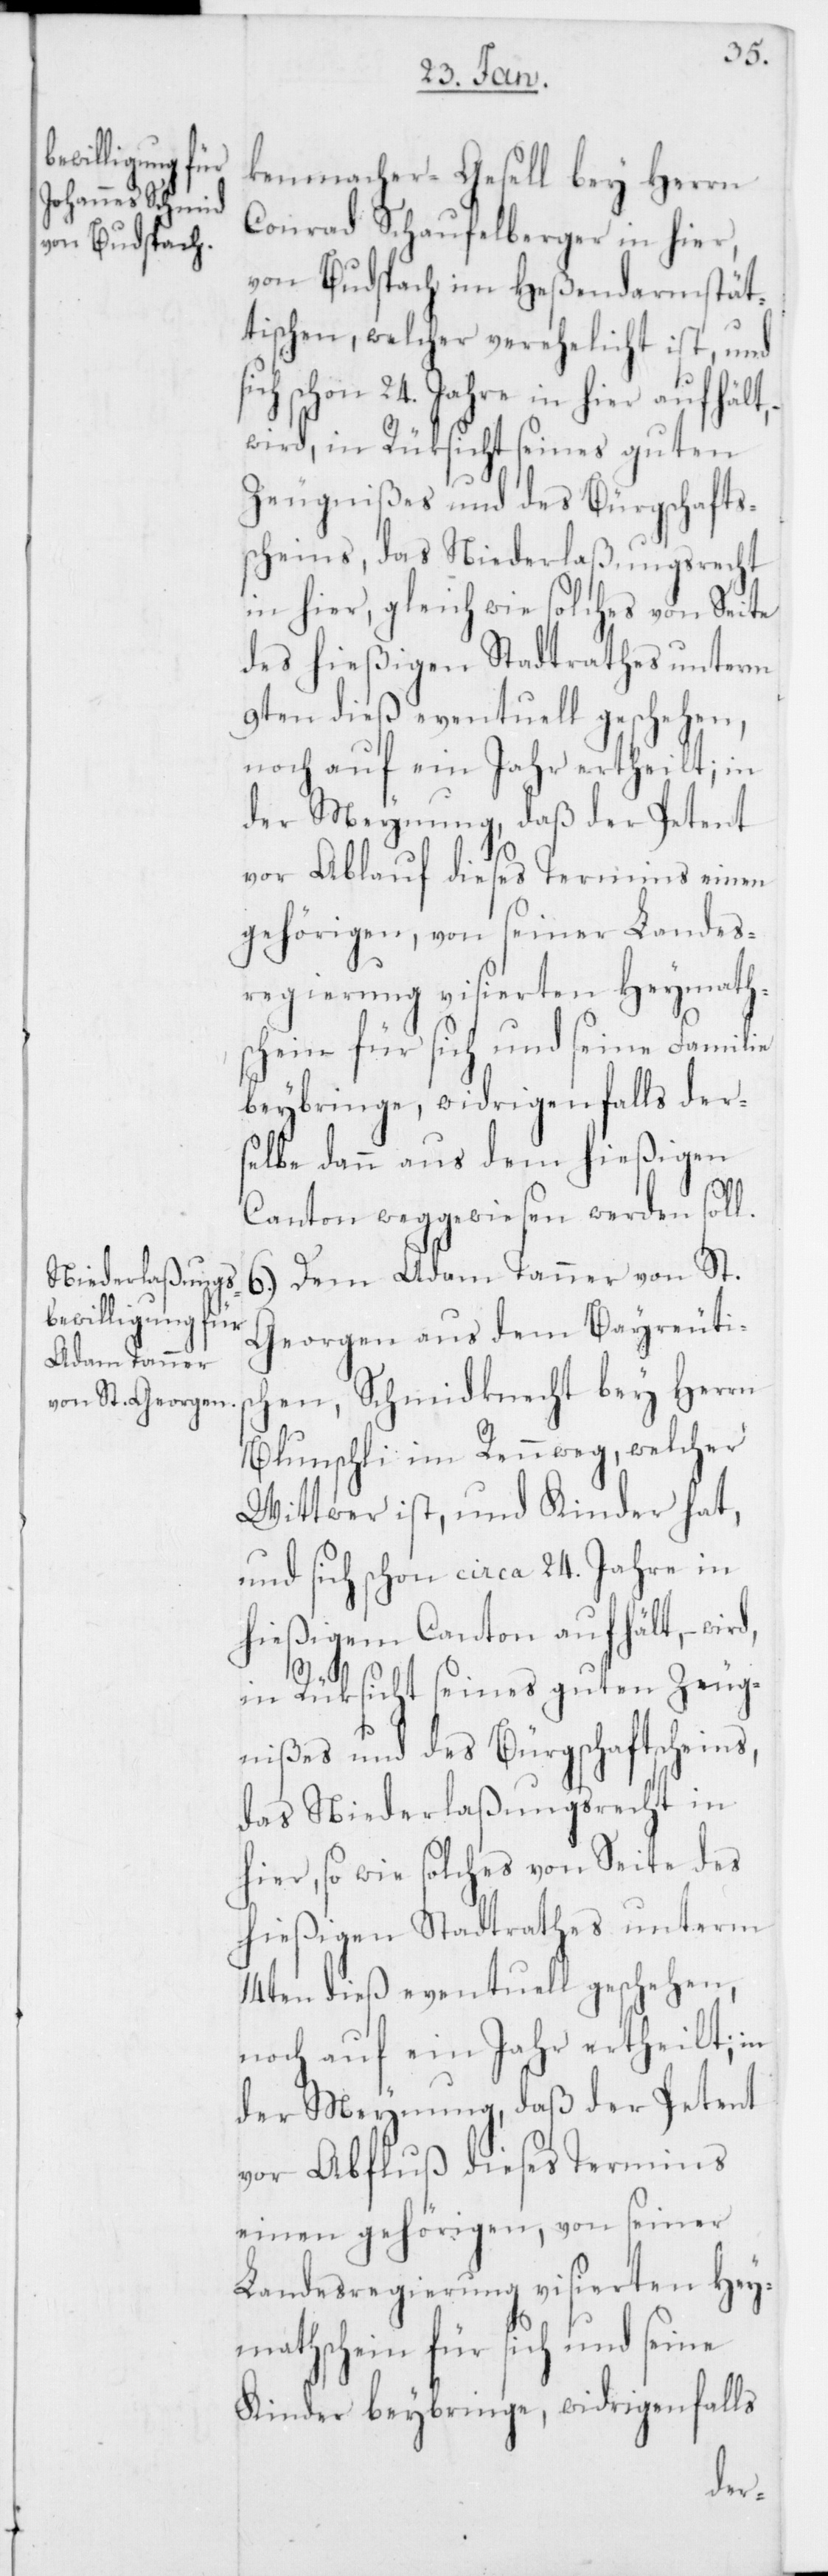
kenmacher-Gesell bey Herrn
Conrad Schaufelberger in hier,
von Budspach im Heßendarmstäd¬
tischen, welcher verehelicht ist, und
schon 24. Jahre in hier aufhält,
wird, in Rüksicht seines guten
Zeugnißes und des Bürgschafts¬
scheins, das Niederlaßungsrecht
in hier, gleich wie solches von Seite
des hießigen Stadtrathes unterm
9ten dieß eventuell geschehen,
noch auf ein Jahr ertheilt; in
der Meynung, daß der Petent
vor Ablauf dieses Termins einen
gehörigen, von seiner Landes¬
regierung visierten Heymath¬
schein für sich und seine Familie
beybringe, widrigenfalls der¬
selbe dann aus dem hießigen
Canton weggewiesen werden soll.
6.) Dem Adam Tanner von St.
Georgen aus dem Bayreutis¬
chen, Schmidknecht bey Herrn
Blunschli im Rennweg, welcher
Wittwer ist, und Kinder hat,
und sich schon circa 24. Jahre in
hießigem Canton aufhält, –
hier, so wie solches von Seite des
hießigen Stadtrathes unterm
14ten dieß eventuell geschehen,
vor Abfluß dieses Termins
einen gehörigen, von seiner
Landesregierung visierten Hey¬
mathschein für sich und seine
Kinder beybringe, widrigenfalls